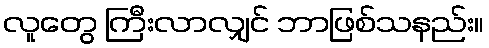
လူတွေ ကြီးလာလျှင် ဘာဖြစ်သနည်း။